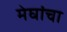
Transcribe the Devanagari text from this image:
मेघांचा